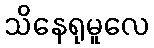
သိနေရုမူလေ